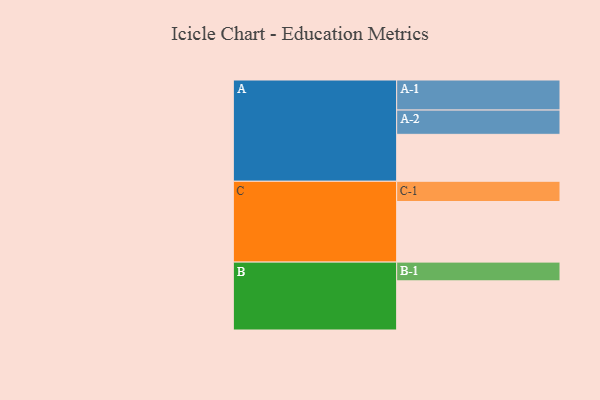
{"axis": {"x": "Segment", "y": "Value"}, "legend": ["", "A", "B", "C"], "data": [{"x": "A", "y": 464, "type": ""}, {"x": "B", "y": 486, "type": ""}, {"x": "C", "y": 599, "type": ""}, {"x": "A-1", "y": 297, "type": "A"}, {"x": "A-2", "y": 240, "type": "A"}, {"x": "B-1", "y": 185, "type": "B"}, {"x": "C-1", "y": 200, "type": "C"}]}